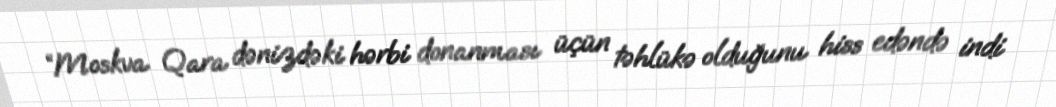
“Moskva Qara dənizdəki hərbi donanması üçün təhlükə olduğunu hiss edəndə indi